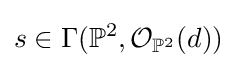
s\in \Gamma (\mathbb {P} ^{2},{\mathcal {O}}_{\mathbb {P} ^{2}}(d))